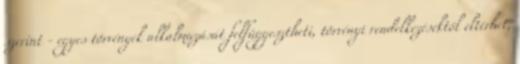
szerint - egyes törvények alkalmazását felfüggesztheti, törvényi rendelkezésektől eltérhet,